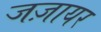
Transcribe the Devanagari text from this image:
जज़ायर